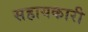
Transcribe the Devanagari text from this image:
सहायकारी